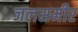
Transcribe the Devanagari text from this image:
जलसमीर